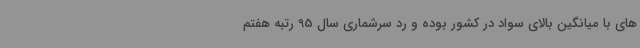
های با میانگین بالای سواد در کشور بوده و رد سرشماری سال 95 رتبه هفتم